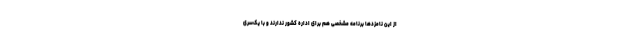
از این نامزدها برنامه مشخصی هم برای اداره کشور ندارند و با یک‌سری